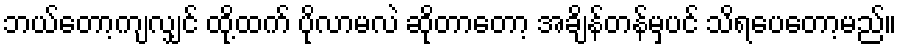
ဘယ်တော့ကျလျှင် ထို့ထက် ပိုလာမလဲ ဆိုတာတော့ အချိန်တန်မှပင် သိရပေတော့မည်။